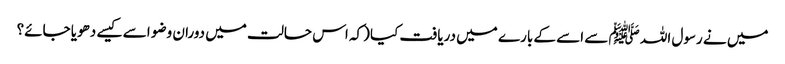
میں نے رسول اللہ ﷺ سے اسے کے بارے میں دریافت کیا (کہ اس حالت میں دوران وضو اسے کیسے دھویا جائے؟